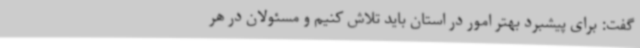
گفت: برای پیشبرد بهتر امور در استان باید تلاش کنیم و مسئولان در هر